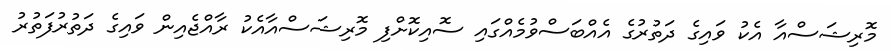
މޮރިޝަސްއާ އެކު ވައިގެ ދަތުރުގެ އެއްބަސްވުމެއްގައި ސޮއިކޮށްފި މޮރިޝަސްއާއެކު ރާއްޖެއިން ވައިގެ ދަތުރުފަތުރު